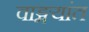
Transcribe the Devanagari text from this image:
वाङ्मयांत